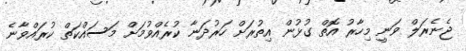
ޖެނެރަލް ވަނީ މިހާރު އޮތް ގުޅުން އިތުރަށް ހަރުދަނާ ކުރެއްވުމަށް މަސައްކަތް ކުރައްވާނެ